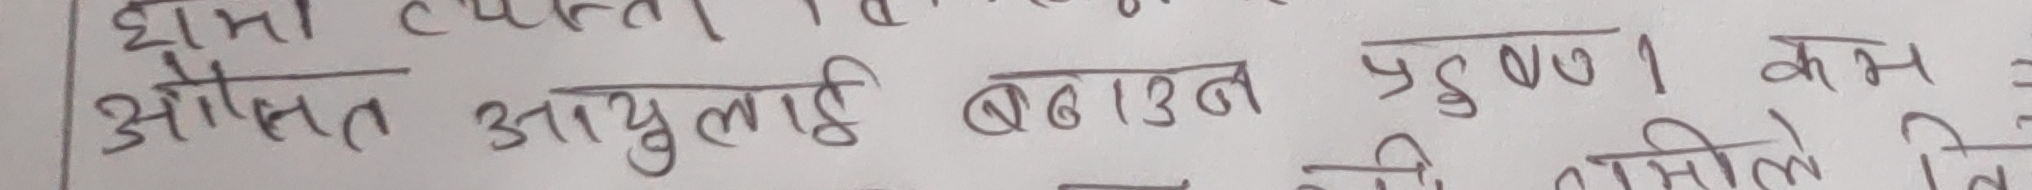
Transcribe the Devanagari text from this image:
औसत आयुलाई बढाउन